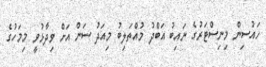
ހައުސިން މިނިސްޓަރުގެ ނައިބު އަބްދު މުއްތަލިބު މިއަދު ސަން އަށް ވިދާޅުވީ މިމަހުގެ